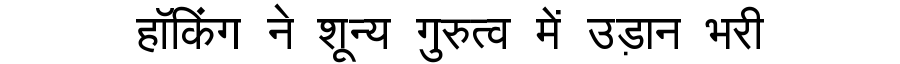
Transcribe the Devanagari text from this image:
हॉकिंग ने शून्य गुरुत्व में उड़ान भरी